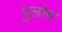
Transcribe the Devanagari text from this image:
पुलोम